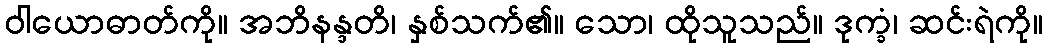
ဝါယောဓာတ်ကို။ အဘိနန္ဒတိ၊ နှစ်သက်၏။ သော၊ ထိုသူသည်။ ဒုက္ခံ၊ ဆင်းရဲကို။